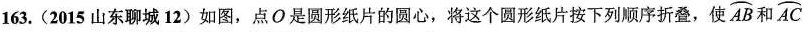
163.(2015山东聊城12)如图，点O是圆形纸片的圆心，将这个圆形纸片按下列顺序折叠，使\overparen{A B}和 \overparen{A C}